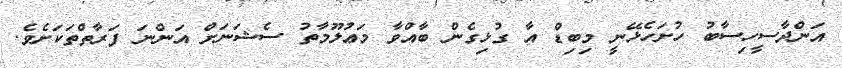
އަންދާސީހިސާބު ހުށަހެޅޭނީ މިބިޑް އާ ގުޅިގެން ބާއްވާ މަޢުލޫމާތު ސެޝަނަށް އަންނަ ފަރާތްތަކަށެވެ.